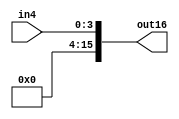
module signExtend(in4, out16);
	input[3:0] in4;
	output reg [15:0] out16;
	
	always@(*)
	begin
		out16 = {8'b000000000000 , in4};
	end
endmodule